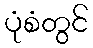
ပုံစံတွင်